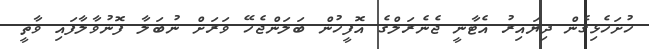
ހުށަހެޅިގެން ދިޔައިރު އެޓާނީ ޖެނެރަލްގެ އޮފީހުން ބަލަންޖެހޭ ވަރަށް ނުބަލާ ފޮނުވާލާފައި ވާތީ